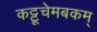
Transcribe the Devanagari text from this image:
कट्टूचेमबकम्